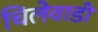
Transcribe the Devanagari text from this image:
चिलेवाडी